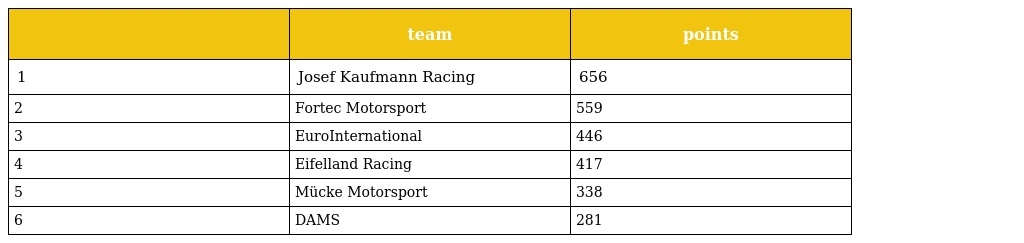
|  | team | points |
 | --- | --- | --- |
 | 1 | Josef Kaufmann Racing | 656 |
 | 2 | Fortec Motorsport | 559 |
 | 3 | EuroInternational | 446 |
 | 4 | Eifelland Racing | 417 |
 | 5 | Mücke Motorsport | 338 |
 | 6 | DAMS | 281 |